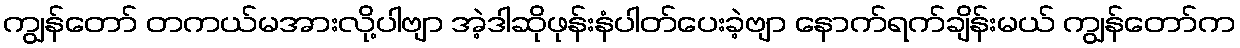
ကျွန်တော် တကယ်မအားလို့ပါဗျာ အဲ့ဒါဆိုဖုန်းနံပါတ်ပေးခဲ့ဗျာ နောက်ရက်ချိန်းမယ် ကျွန်တော်က